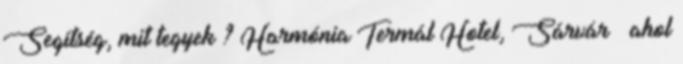
Segítség, mit tegyek ? Harmónia Termál Hotel, Sárvár – ahol